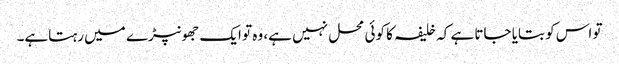
تو اس کو بتایا جاتا ہے کہ خلیفہ کا کوئی محل نہیں ہے، وہ تو ایک جھونپڑے میں رہتاہے۔